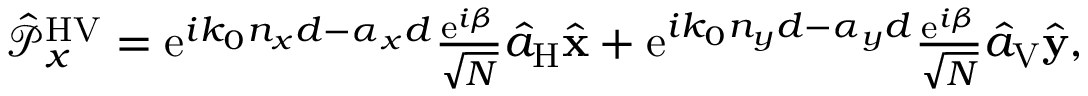
\begin{array} { r } { \hat { \mathcal P } _ { x } ^ { \mathrm { H V } } = \mathrm { e } ^ { i k _ { 0 } n _ { x } d - \alpha _ { x } d } \frac { \mathrm { e } ^ { i \beta } } { \sqrt { N } } \hat { a } _ { \mathrm { H } } \hat { \bf x } + \mathrm { e } ^ { i k _ { 0 } n _ { y } d - \alpha _ { y } d } \frac { \mathrm { e } ^ { i \beta } } { \sqrt { N } } \hat { a } _ { \mathrm { V } } \hat { \bf y } , } \end{array}